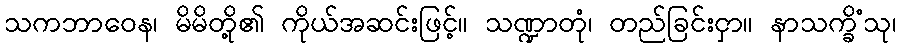
သကဘာဝေန၊ မိမိတို့၏ ကိုယ်အဆင်းဖြင့်။ သဏ္ဍာတုံ၊ တည်ခြင်းငှာ။ နာသက္ခိံသု၊